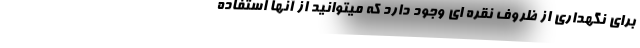
برای نگهداری از ظروف نقره ای وجود دارد که میتوانید از آنها استفاده